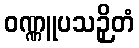
ဝဏ္ဏူပသဉှိတံ